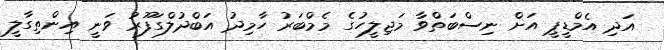
އަދި އެމްޑީޕީ އަށް ނިސްބަތްވާ މަޖިލީހުގެ މެމްބަރު ހާމިދު އަބްދުލްގަފޫރު ވަނީ އިންތިގާލީ